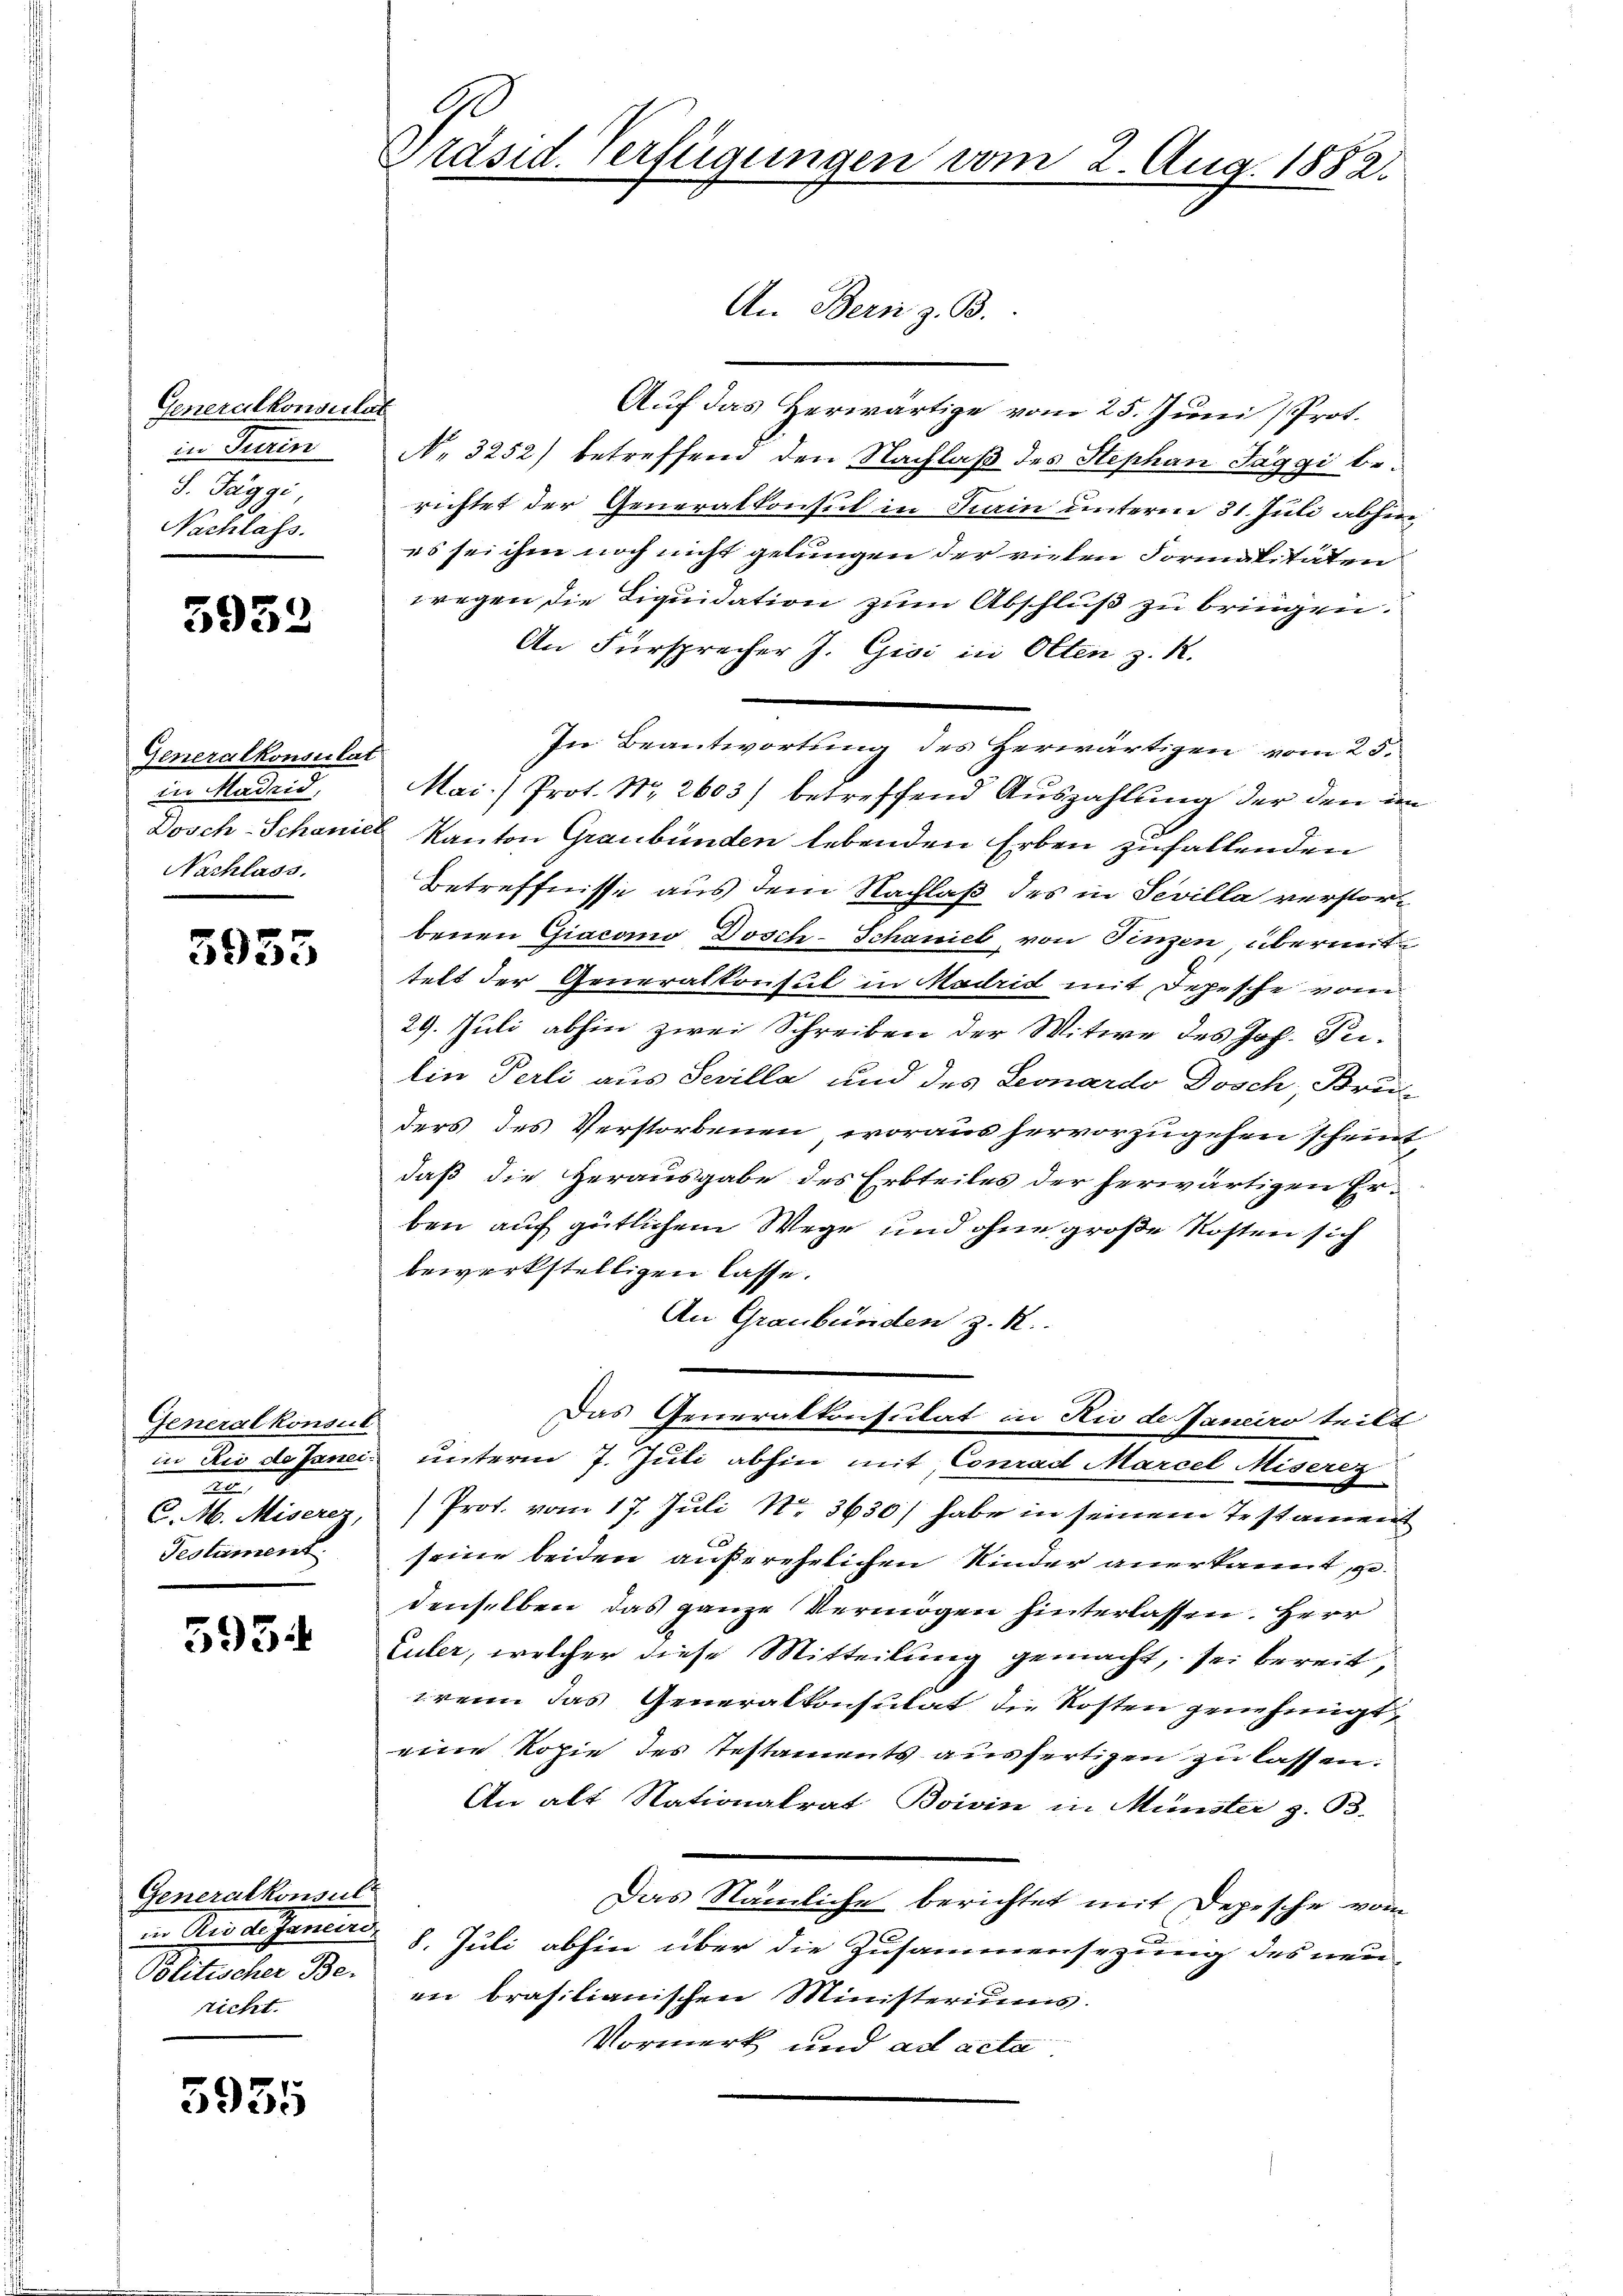
Generalkonsulat
in Turin
S. Taggi,
Nachlass.

5933

Generalkonsulat
im Hausend
Nachlass.

5955

Generalkonsul
2
C. M. Miserer
Teolument

5934

Generalkonsul
in Rio de Janeiro
Politischer Be-
richt.

5935

Präsid. Verfügungen vom 2. Aug. 1882.
An Bern z. B.

Auf das Herwärtige vom 25. Juni (Prot.
No 3252) betreffend den Nachlaß des Stephan Jaggi berichtet der Generalkonsul in Sain unterm 31. Juli abhin
es sei ihm noch nicht gelungen der vielen Formalitäten
wegen die Liquidation zum Abschluß zu bringen.
An Fürsprecher J. Gisi in Olten z. R.
In Beantwortung des Herwärtigen vom 25.
Mai/ Prot. Nr. 2603) betreffend Auszahlung der den im
Dosch-Schaniel Kanton Graubünden lebenden Erben zufallenden
Betreffnisse aus dem Nachlaß des in Sevilla verstorbenen Giacomo Dosch-Schaniel von Finzen, übermittelt der Generalkonsul in Madrid mit Depesche vom
29. Juli abhin zwei Schreiben der Witwe des Joh. Prilin Perli aus Sevilla und des Leonardo Dosch, Brei
ders des Verstorbenen, woraus hervorzugehen scheint,
daß die Herausgabe des Erbteiles der herwärtigen Er-
ben auf gütlichem Wege und ohne große Kosten sich
bewerkstelligen lasse.
An Graubünden z. R.
Das Generalkonsulat in Rio de Janeiro teilt
in Rio de Janei unterm 7. Juli abhin mit Conrad Marcel Miserez
Prot. vom 17. Juli Nr. 3630/ habe in seinem Testament
seine beiden außerehelichen Kinder anerkannt, gedenselben das ganze Vermögen hinterlassen. Herr
Euler, welcher diese Mitteilung gemacht, sei bereit,
wenn das Generalkonsulat die Kosten genehmigt,
eine Kopie des Testaments ausfertigen zu lassen.
An alt Nationalrat Boivin in Münster z. B.
Das Nämliche berichtet mit Depesche vom
8. Juli abhin über die Zusammensezung des neu-
in brasilianischen Ministeriums.
Vormerk und ad acta